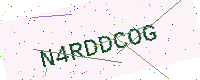
Text: N4RDDCOG